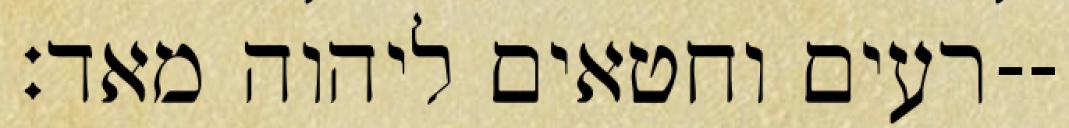
רעים וחטאים ליהוה מאד׃--